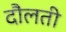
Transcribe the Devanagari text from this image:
दौलती